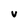
Character: v